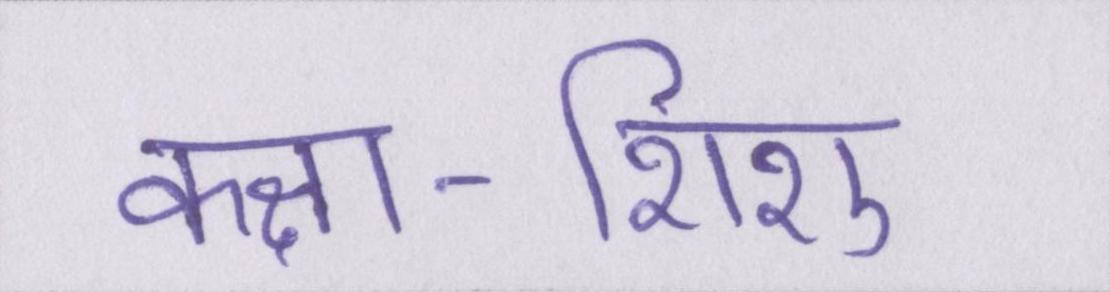
कक्षा-शिशु